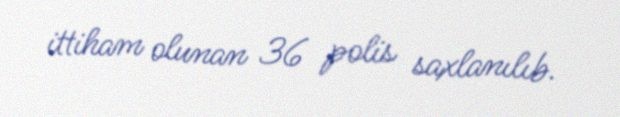
ittiham olunan 36 polis saxlanılıb.